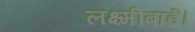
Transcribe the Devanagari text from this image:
लक्ष्मीबाई।